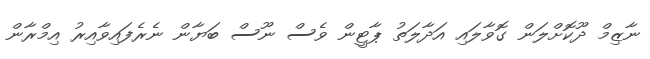
ނާޒިމް ދޫކޮށްލަން ގޮވާލައި އަދާލަތު ޕާޓީން ވެސް ނޫސް ބަޔާން ނެރެފައިވާއިރު އިމްރާން